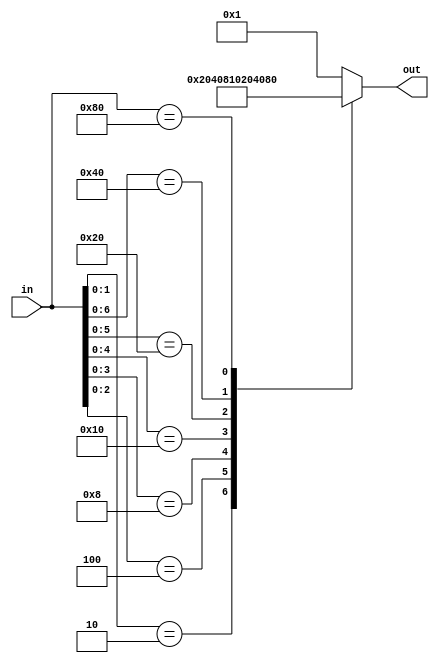
module arbiter (
    input [7:0] in,
    output reg [7:0] out);
   
	always @(*) begin 
	   casex(in)
	       8'bxxxxxxx1: out = 8'b1;
	       8'bxxxxxx10: out = 8'b10;
	       8'bxxxxx100: out = 8'b100;
	       8'bxxxx1000: out = 8'b1000;
	       8'bxxx10000: out = 8'b10000;
	       8'bxx100000: out = 8'b100000;
	       8'bx1000000: out = 8'b1000000;
	       8'b10000000: out = 8'b10000000;
	       default: out = 8'b1;
	   endcase
	end

endmodule